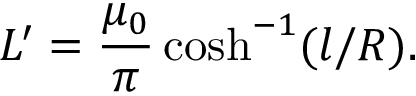
L ^ { \prime } = \frac { \mu _ { 0 } } { \pi } \cosh ^ { - 1 } ( l / R ) .